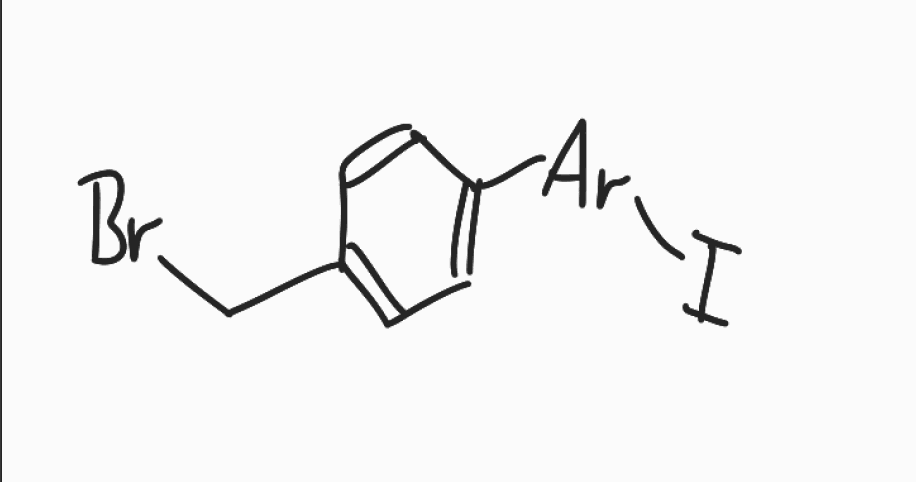
Simplified molecular-input line-entry system (SMILES) notation of the given molecule:
C1=CC(=CC=C1CBr)[Ar]I